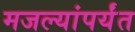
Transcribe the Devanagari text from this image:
मजल्यांपर्यंत